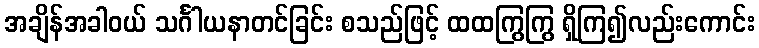
အချိန်အခါဝယ် သင်္ဂါယနာတင်ခြင်း စသည်ဖြင့် ထထကြွကြွ ရှိကြ၍လည်းကောင်း